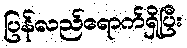
ပြန်လည်ရောက်ရှိပြီး